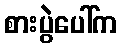
စားပွဲပေါ်က